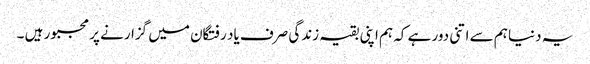
یہ دنیا ہم سے اتنی دور ہے کہ ہم اپنی بقیہ زندگی صرف یاد رفتگان میں گزارنے پر مجبور ہیں ۔